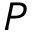
P